Indian journal of veterinary science and animal husbandry - Volumes 22-23, 1952-1953
Year: 1952
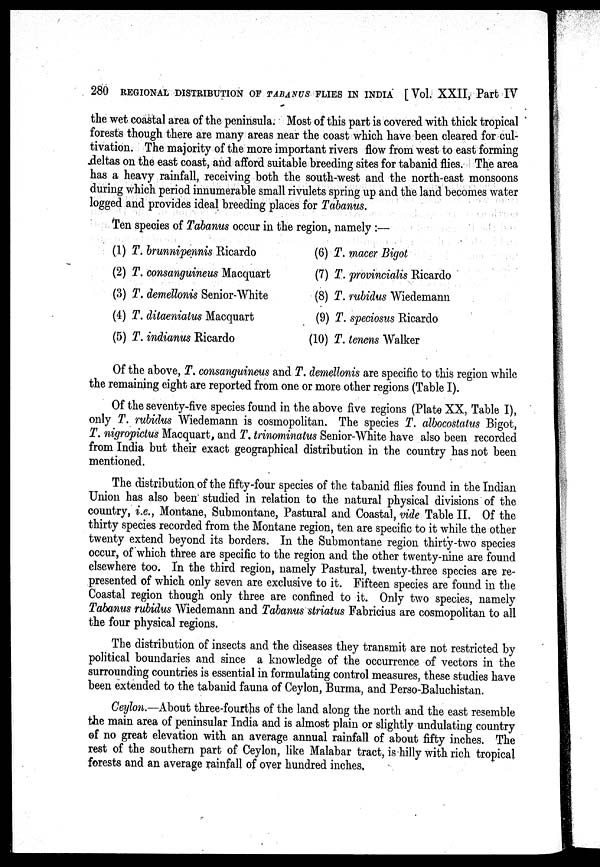
280 REGIONAL DISTRIBUTION OF TABANUS FLIES IN INDIA [Vol. XXII, Part IV
the wet coastal area of the peninsula. Most of this part is covered with thick tropical
forests though there are many areas near the coast which have been cleared for cul-
tivation. The majority of the more important rivers flow from west to east forming
deltas on the east coast, and afford suitable breeding sites for tabanid flies. The area
has a heavy rainfall, receiving both the south-west and the north-east monsoons
during which period innumerable small rivulets spring up and the land becomes water
logged and provides ideal breeding places for Tabanus.
Ten species of Tabanus occur in the region, namely:—
(1) T. brunnipennis Ricardo
(2) T. consanguineus Macquart
(3) T. demellonis Senior-White
(4) T. ditaeniatus Macquart
(5) T. indianus Ricardo
(6) T. macer Bigot
(7) T. provincialis Ricardo
(8) T. rubidus Wiedemann
(9) T. speciosus Ricardo
(10) T. tenens Walker
Of the above, T. consanguineus and T. demellonis are specific to this region while
the remaining eight are reported from one or more other regions (Table I).
Of the seventy-five species found in the above five regions (Plate XX, Table I),
only T. rubidus Wiedemann is cosmopolitan. The species T. albocostatus Bigot,
T. nigropictus Macquart, and T. trinominatus Senior-White have also been recorded
from India but their exact geographical distribution in the country has not been
mentioned.
The distribution of the fifty-four species of the tabanid flies found in the Indian
Union has also been studied in relation to the natural physical divisions of the
country, i.e., Montane, Submontane, Pastural and Coastal, vide Table II. Of the
thirty species recorded from the Montane region, ten are specific to it while the other
twenty extend beyond its borders. In the Submontane region thirty-two species
occur, of which three are specific to the region and the other twenty-nine are found
elsewhere too. In the third region, namely Pastural, twenty-three species are re-
presented of which only seven are exclusive to it. Fifteen species are found in the
Coastal region though only three are confined to it. Only two species, namely
Tabanus rubidus Wiedemann and Tabanus striatus Fabricius are cosmopolitan to all
the four physical regions.
The distribution of insects and the diseases they transmit are not restricted by
political boundaries and since a knowledge of the occurrence of vectors in the
surrounding countries is essential in formulating control measures, these studies have
been extended to the tabanid fauna of Ceylon, Burma, and Perso-Baluchistan.
Ceylon.—About three-fourths of the land along the north and the east resemble
the main area of peninsular India and is almost plain or slightly undulating country
of no great elevation with an average annual rainfall of about fifty inches. The
rest of the southern part of Ceylon, like Malabar tract, is hilly with rich tropical
forests and an average rainfall of over hundred inches.